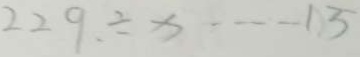
2 2 9 \div x \cdot - - 1 . 5